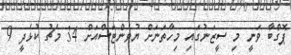
ޕޮގްބާ ވަނީ މި ސީޒަނުގައި މިހާތަނަށް ޔުވެންޓަސްއަށް 34 މެޗު ކުޅެދީ 9